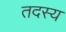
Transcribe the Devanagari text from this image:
तदस्य